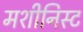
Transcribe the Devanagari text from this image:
मशीनिस्ट